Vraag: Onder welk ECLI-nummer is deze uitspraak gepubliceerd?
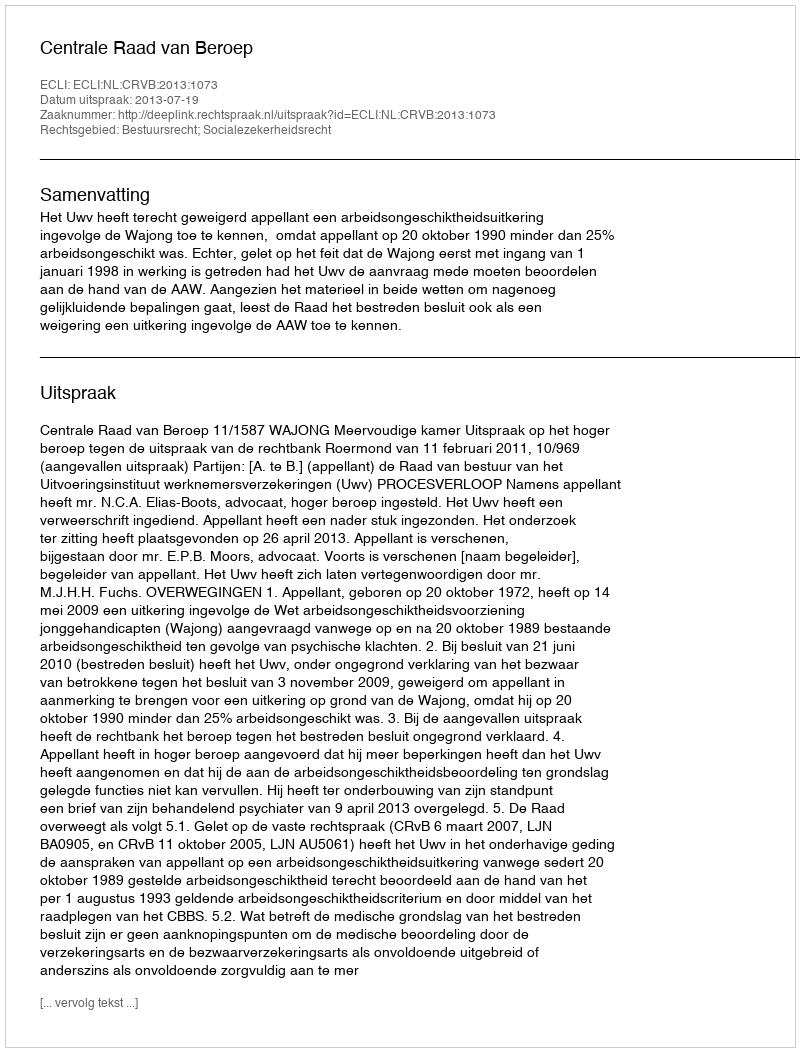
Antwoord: ECLI:NL:CRVB:2013:1073